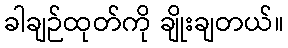
ခါချဉ်ထုတ်ကို ချိုးချတယ်။